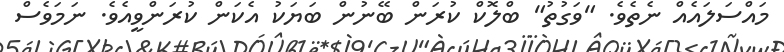
މައްސަލައެއް ނެތެވެ. "ވަގުތު" ބްލޮކް ކުރަން ބޭނުން ބަޔަކު އެކަން ކުރަންވީއެވެ. ނަމަވެސް